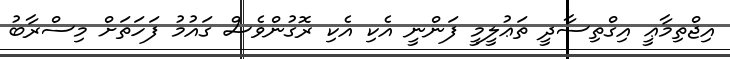
އިޖްތިމާޢީ އިގްތިސާދީ ތަޢުލީމީ ފަންނީ އެކި އެކި ރޮގުންވެސް ގައުމު ފަހަތަށް މިސްރާބު